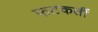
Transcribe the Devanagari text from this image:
फटकतीं